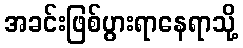
အခင်းဖြစ်ပွားရာနေရာသို့